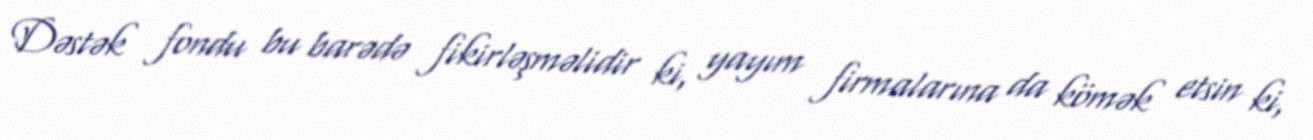
Dəstək fondu bu barədə fikirləşməlidir ki, yayım firmalarına da kömək etsin ki,